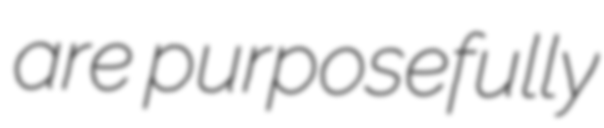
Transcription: are purposefully